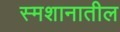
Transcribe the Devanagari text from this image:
स्मशानातील